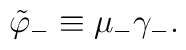
\tilde \varphi_- \equiv \mu_- \gamma_-.